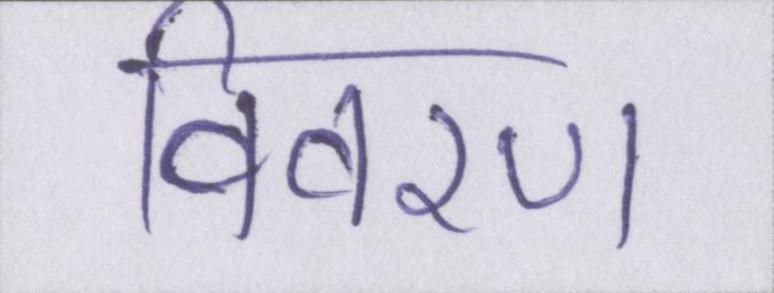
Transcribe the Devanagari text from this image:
विवरण